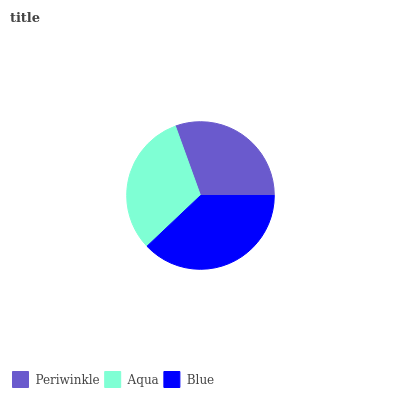
| Periwinkle | Aqua | Blue |
 | --- | --- | --- |
 | 30.6% | 31.5% | 37.9% |